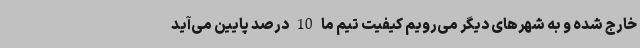
خارج شده و به شهرهای دیگر می‌رویم کیفیت تیم ما 10 درصد پایین می‌آید